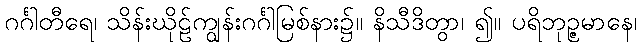
ဂင်္ဂါတီရေ၊ သိန်းဃိုဠ်ကျွန်းဂင်္ဂါမြစ်နား၌။ နိသီဒိတွာ၊ ၍။ ပရိဘုဉ္ဇမာနေ၊